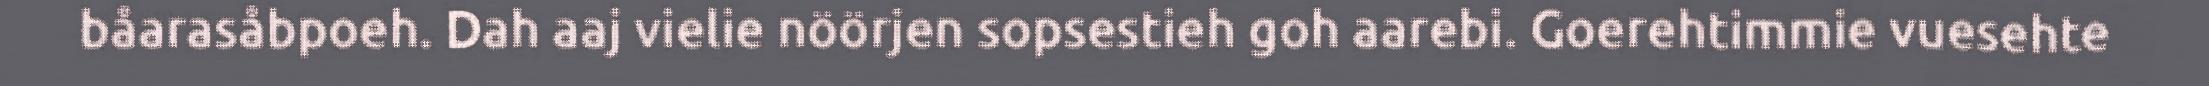
båarasåbpoeh. Dah aaj vielie nöörjen sopsestieh goh aarebi. Goerehtimmie vuesehte